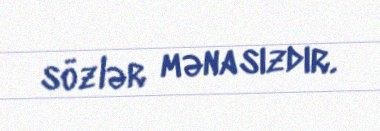
sözlər mənasızdır.